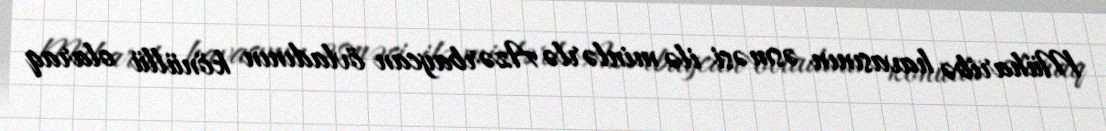
Müharibə havasının əsməsi ilə minlərlə Azərbaycan övladının könüllü olaraq